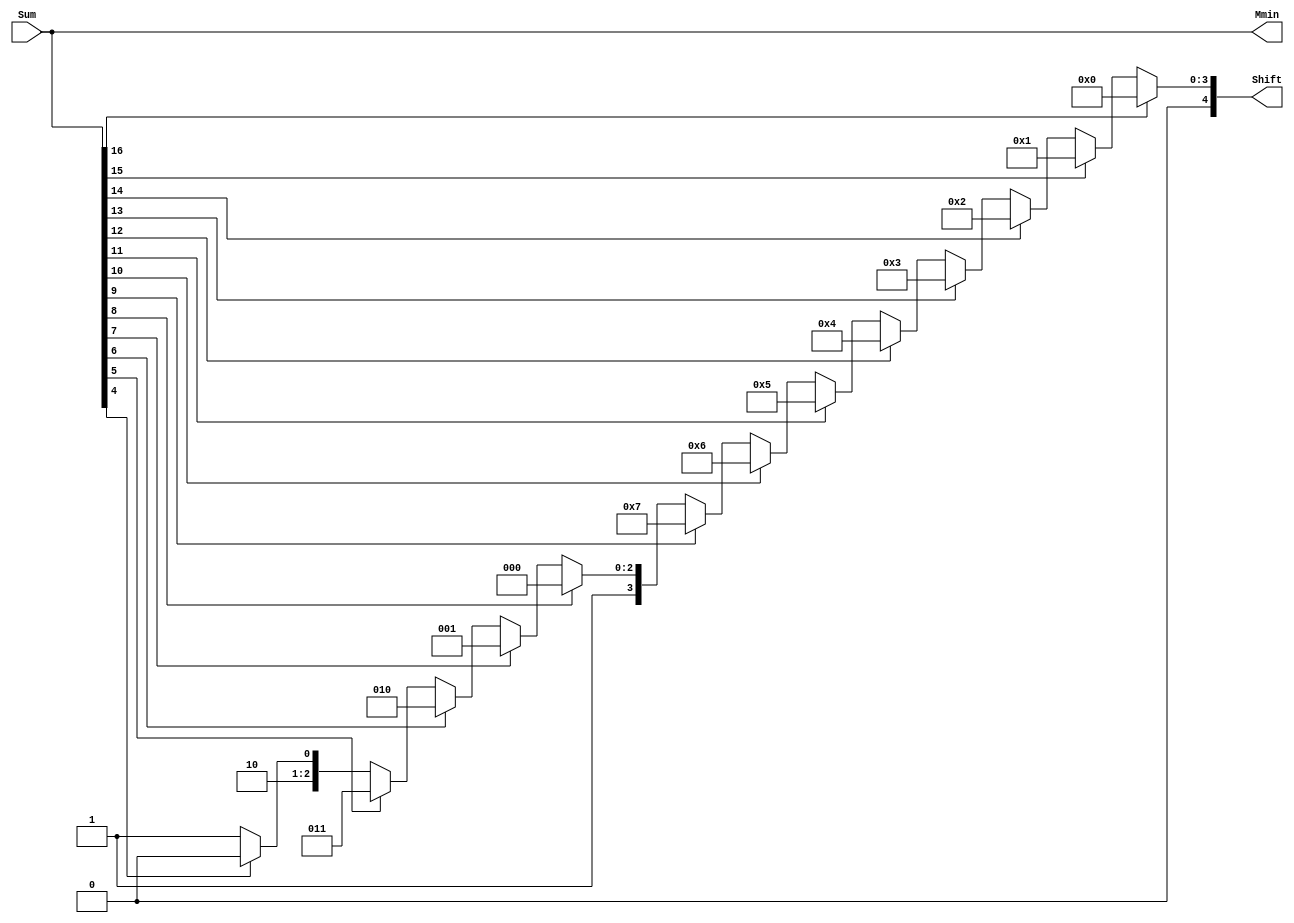
`define SIMULATION_MEMORY
//`define SIMULATION_addfp
`define VECTOR_DEPTH 64 //Q,K,V vector size
`define DATA_WIDTH 16
`define VECTOR_BITS 1024 // 16 bit each (16x64)
`define NUM_WORDS 32   //num of words in the sentence
`define BUF_AWIDTH 4 //16 entries in each buffer ram
`define BUF_LOC_SIZE 4 //4 words in each addr location
`define OUT_RAM_DEPTH 512 //512 entries in output bram
`define EXPONENT 8
`define MANTISSA 7
`define EXPONENT 5
`define MANTISSA 10
`define SIGN 1
`define DWIDTH (`SIGN+`EXPONENT+`MANTISSA)
`define DEFINES_DONE
`define DATAWIDTH (`SIGN+`EXPONENT+`MANTISSA)
`define IEEE_COMPLIANCE 1
`define NUM 4
`define ADDRSIZE 4

module FPAddSub_NormalizeModule(
		Sum,
		Mmin,
		Shift
    );

	// Input ports
	input [`DWIDTH:0] Sum ;					// Mantissa sum including hidden 1 and GRS
	
	// Output ports
	output [`DWIDTH:0] Mmin ;					// Mantissa after 16|0 shift
	output [4:0] Shift ;					// Shift amount
	//Changes in this doesn't matter since even Bfloat16 can't go beyond 7 shift to the mantissa (only 3 bits valid here)  
	// Determine normalization shift amount by finding leading nought
	assign Shift =  ( 
		Sum[16] ? 5'b00000 :	 
		Sum[15] ? 5'b00001 : 
		Sum[14] ? 5'b00010 : 
		Sum[13] ? 5'b00011 : 
		Sum[12] ? 5'b00100 : 
		Sum[11] ? 5'b00101 : 
		Sum[10] ? 5'b00110 : 
		Sum[9] ? 5'b00111 :
		Sum[8] ? 5'b01000 :
		Sum[7] ? 5'b01001 :
		Sum[6] ? 5'b01010 :
		Sum[5] ? 5'b01011 :
		Sum[4] ? 5'b01100 : 5'b01101
	//	Sum[19] ? 5'b01101 :
	//	Sum[18] ? 5'b01110 :
	//	Sum[17] ? 5'b01111 :
	//	Sum[16] ? 5'b10000 :
	//	Sum[15] ? 5'b10001 :
	//	Sum[14] ? 5'b10010 :
	//	Sum[13] ? 5'b10011 :
	//	Sum[12] ? 5'b10100 :
	//	Sum[11] ? 5'b10101 :
	//	Sum[10] ? 5'b10110 :
	//	Sum[9] ? 5'b10111 :
	//	Sum[8] ? 5'b11000 :
	//	Sum[7] ? 5'b11001 : 5'b11010
	);
	
	reg	  [`DWIDTH:0]		Lvl1;
	
	always @(*) begin
		// Rotate by 16?
		Lvl1 <= Shift[4] ? {Sum[8:0], 8'b00000000} : Sum; 
	end
	
	// Assign outputs
	assign Mmin = Lvl1;						// Take out smaller mantissa

endmodule